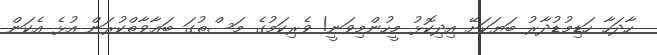
ހާދަހާ ހަޑިމުޑުދާރު ބަޔަކަށޭ އިދިކޮޅު މީހުންމިވަނީ! ވެރިކަމުގެ މަސްތުގަ ބަޢާވާތްކުރަން އުޅެ އެކަން